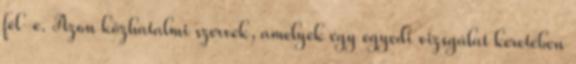
fél-e. Azon közhatalmi szervek, amelyek egy egyedi vizsgálat keretében